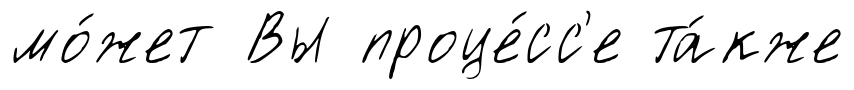
мо́жет Вы проце́сс'е та́кже